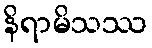
နိရာမိသဿ